Indian journal of veterinary science and animal husbandry - Volumes 28-29, 1958-1959
Year: 1958
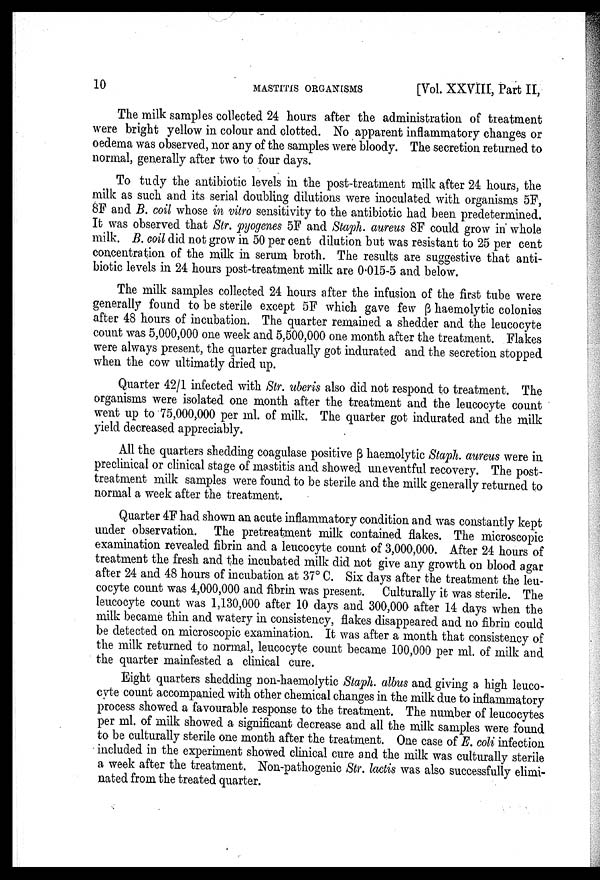
10
MASTITIS ORGANISMS
[Vol. XXVIII, Part II,
The milk samples collected 24 hours after the administration of treatment
were bright yellow in colour and clotted. No apparent inflammatory changes or
oedema was observed, nor any of the samples were bloody. The secretion returned to
normal, generally after two to four days.
To tudy the antibiotic levels in the post-treatment milk after 24 hours, the
milk as such and its serial doubling dilutions were inoculated with organisms 5F,
8F and B. coil whose in vitro sensitivity to the antibiotic had been predetermined.
It was observed that Str. pyogenes 5F and Staph. aureus 8F could grow in whole
milk. B. coil did not grow in 50 per cent dilution but was resistant to 25 per cent
concentration of the milk in serum broth. The results are suggestive that anti
biotic levels in 24 hours post-treatment milk are 0.015-5 and below.
The milk samples collected 24 hours after the infusion of the first tube were
generally found to be sterile except 5F which gave few β haemolytic colonies
after 48 hours of incubation. The quarter remained a shedder and the leucocyte
count was 5,000,000 one week and 5,500,000 one month after the treatment. Flakes
were always present, the quarter gradually got indurated and the secretion stopped
when the cow ultimatly dried up.
Quarter 42/1 infected with Str. uberis also did not respond to treatment. The
organisms were isolated one month after the treatment and the leucocyte count
went up to 75,000,000 per ml. of milk. The quarter got indurated and the milk
yield decreased appreciably.
All the quarters shedding coagulase positive β haemolytic Staph. aureus were in
preclinical or clinical stage of mastitis and showed uneventful recovery. The post-
treatment milk samples were found to be sterile and the milk generally returned to
normal a week after the treatment.
Quarter 4F had shown an acute inflammatory condition and was constantly kept
under observation. The pretreatment milk contained flakes. The microscopic
examination revealed fibrin and a leucocyte count of 3,000,000. After 24 hours of
treatment the fresh and the incubated milk did not give any growth on blood agar
after 24 and 48 hours of incubation at 37°C. Six days after the treatment the leu
cocyte count was 4,000,000 and fibrin was present. Culturally it was sterile. The
leucocyte count was 1,130,000 after 10 days and 300,000 after 14 days when the
milk became thin and watery in consistency, flakes disappeared and no fibrin could
be detected on microscopic examination. It was after a month that consistency of
the milk returned to normal, leucocyte count became 100,000 per ml. of milk and
the quarter mainfested a clinical cure.
Eight quarters shedding non-haemolytic Staph. albus and giving a high leuco
cyte count accompanied with other chemical changes in the milk due to inflammatory
process showed a favourable response to the treatment. The number of leucocytes
per ml. of milk showed a significant decrease and all the milk samples were found
to be culturally sterile one month after the treatment. One case of E. coli infection
included in the experiment showed clinical cure and the milk was culturally sterile
a week after the treatment. Non-pathogenic Str. lactis was also successfully elimi
nated from the treated quarter.